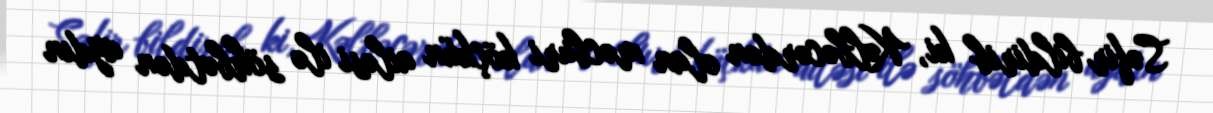
Səfir bildirib ki, Kəlbəcərdən olan məcburi köçkün ailəsi ilə söhbətdən aydın